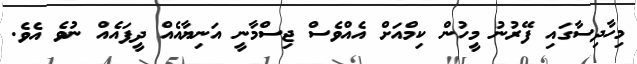
މިހާދިސާގައި ފޭރުނު މީހުން ކިމްއަށް އެއްވެސް ޖިސްމާނީ އަނިޔާއެއް ދީފައެއް ނުވެ އެވެ.